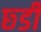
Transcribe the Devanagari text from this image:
छ्डी